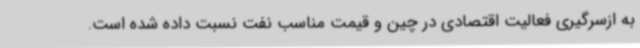
به ازسرگیری فعالیت اقتصادی در چین و قیمت مناسب نفت نسبت داده شده است.